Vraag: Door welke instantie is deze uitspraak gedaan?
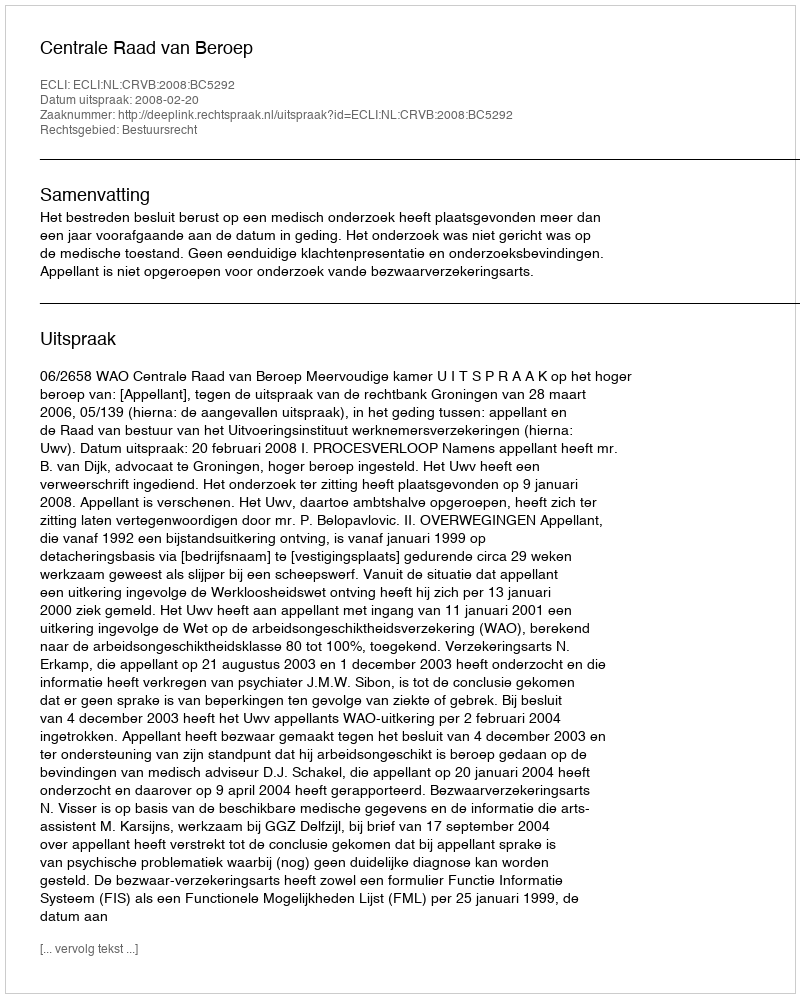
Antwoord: Centrale Raad van Beroep